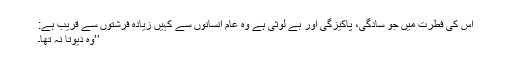
اُس کی فطرت میں جو سادگی، پاکیزگی اور بے لوثی ہے وہ عام انسانوں سے کہیں زیادہ فرشتوں سے قریب ہے:
’’وہ دیوتا نہ تھا۔